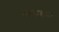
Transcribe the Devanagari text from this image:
भालचन्द